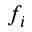
f _ { i }